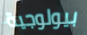
بيولوجية